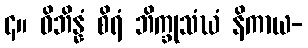
၄။ ဝိဘိန္နံ စိရံ ဘိက္ခုသံဃံ နိကာယ-